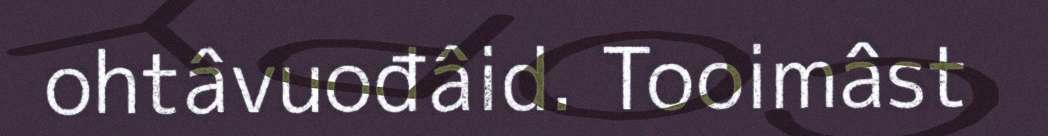
ohtâvuođâid. Tooimâst